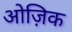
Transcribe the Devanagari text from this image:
ओज़िक